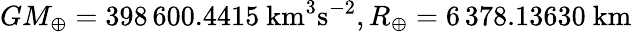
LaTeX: GM_{\oplus}=398\, 600.4415~\mathrm{km}^{3}\mathrm{s}^{-2},R_{\oplus}=6\, 378.13630~\mathrm{km}